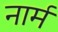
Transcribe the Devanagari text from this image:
नार्म